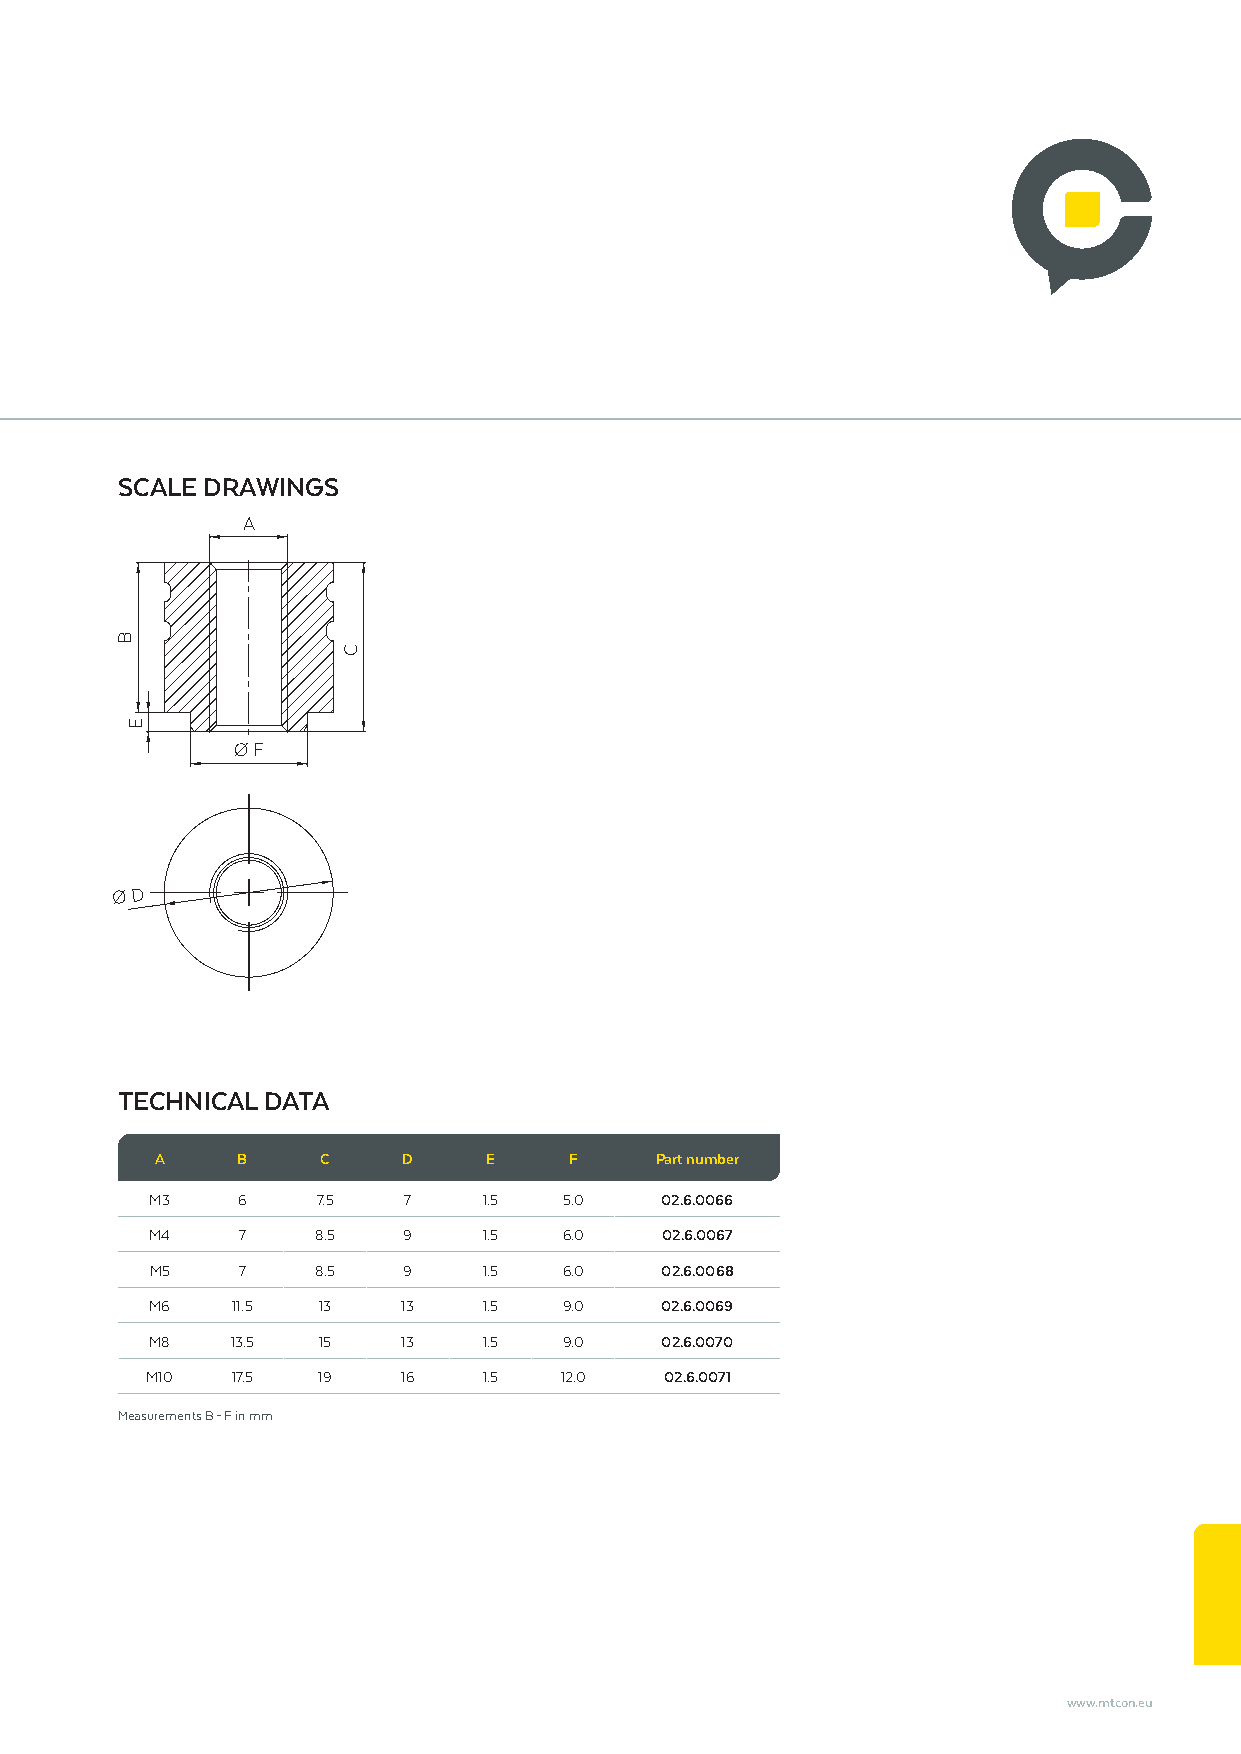
SCALE DRAWINGS
 A
 Ø F
 Ø D
 TECHNICAL DATA
 A     B    C     D    E     F    Part number
 M3    6    7.5   7    1.5  5.0    02.6.0066
 M4    7    8.5   9    1.5  6.0    02.6.0067
 M5    7    8.5   9    1.5  6.0    02.6.0068
 M6   11.5  13    13   1.5  9.0    02.6.0069
 M8   13.5  15    13   1.5  9.0    02.6.0070
 M10  17.5  19    16   1.5  12.0   02.6.0071
 Measurements B – F in mm
 www.mtcon.eu
 B
 E
 C